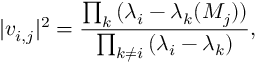
| v _ { i , j } | ^ { 2 } = { \frac { \prod _ { k } { ( \lambda _ { i } - \lambda _ { k } ( M _ { j } ) ) } } { \prod _ { k \neq i } { ( \lambda _ { i } - \lambda _ { k } ) } } } ,